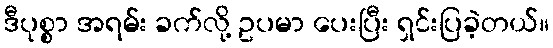
ဒီပုစ္စာ အရမ်း ခက်လို့ ဥပမာ ပေးပြီး ရှင်းပြခဲ့တယ်။